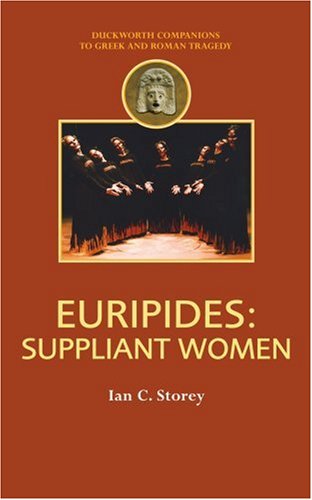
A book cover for Euripides: Suppliant Women (Companions to Greek and Roman Tragedy); Ian C. Storey; Literature & Fiction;